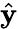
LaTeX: \hat{\textbf{y}}